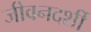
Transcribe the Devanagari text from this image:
जीवनदर्शी